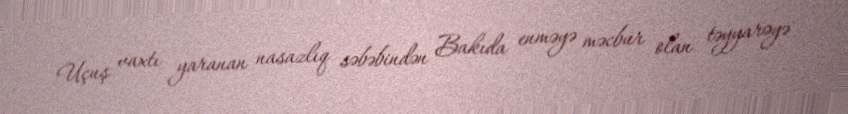
Uçuş vaxtı yaranan nasazlıq səbəbindən Bakıda enməyə məcbur olan təyyarəyə